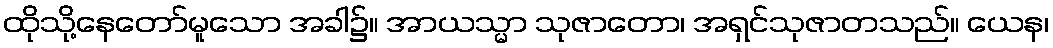
ထိုသို့နေတော်မူသော အခါ၌။ အာယသ္မာ သုဇာတော၊ အရှင်သုဇာတသည်။ ယေန၊